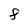
Character: F